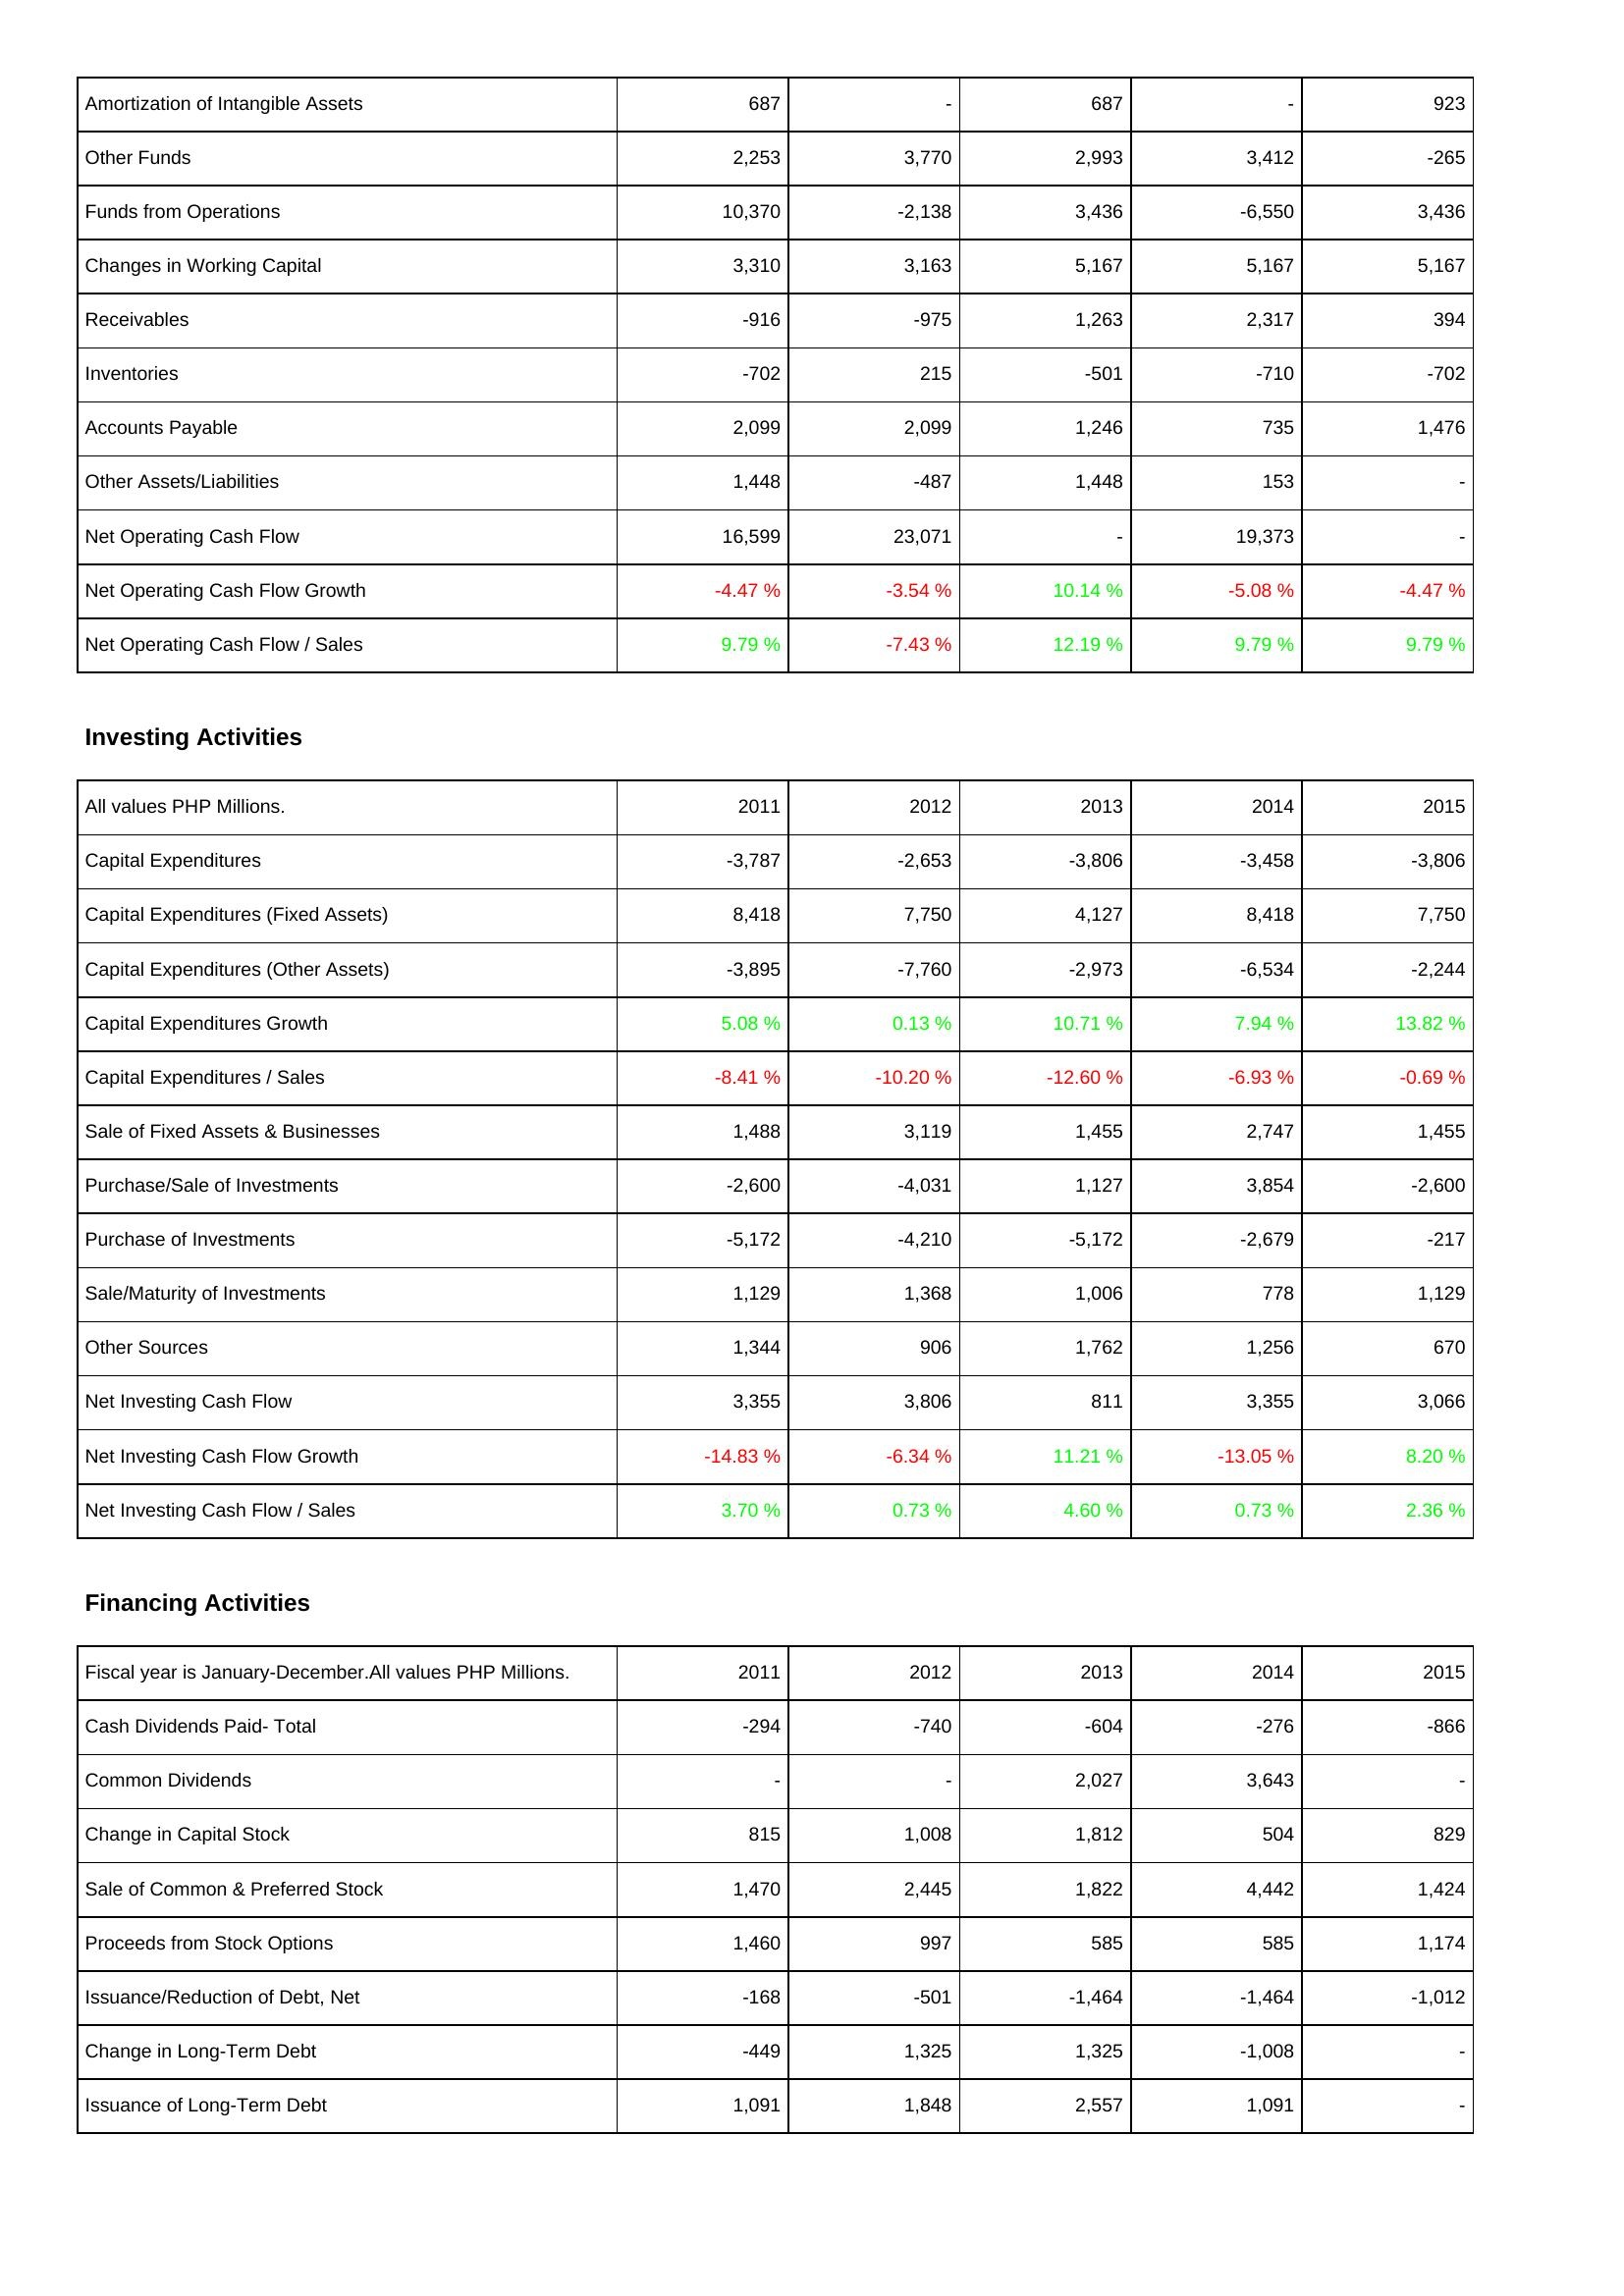
2011: Operating Activities: Amortization of Intangible Assets: 687
Other Funds: 2,253
Funds from Operations: 10,370
Changes in Working Capital: 3,310
Receivables: -916
Inventories: -702
Accounts Payable: 2,099
Other Assets/Liabilities: 1,448
Net Operating Cash Flow: 16,599
Net Operating Cash Flow Growth: -4.47 %
Net Operating Cash Flow / Sales: 9.79 %
Investing Activities: Capital Expenditures: -3,787
Capital Expenditures (Fixed Assets): 8,418
Capital Expenditures (Other Assets): -3,895
Capital Expenditures Growth: 5.08 %
Capital Expenditures / Sales: -8.41 %
Sale of Fixed Assets & Businesses: 1,488
Purchase/Sale of Investments: -2,600
Purchase of Investments: -5,172
Sale/Maturity of Investments: 1,129
Other Sources: 1,344
Net Investing Cash Flow: 3,355
Net Investing Cash Flow Growth: -14.83 %
Net Investing Cash Flow / Sales: 3.70 %
Financing Activities: Cash Dividends Paid- Total: -294
Common Dividends: -
Change in Capital Stock: 815
Sale of Common & Preferred Stock: 1,470
Proceeds from Stock Options: 1,460
Issuance/Reduction of Debt, Net: -168
Change in Long-Term Debt: -449
Issuance of Long-Term Debt: 1,091
2012: Operating Activities: Amortization of Intangible Assets: -
Other Funds: 3,770
Funds from Operations: -2,138
Changes in Working Capital: 3,163
Receivables: -975
Inventories: 215
Accounts Payable: 2,099
Other Assets/Liabilities: -487
Net Operating Cash Flow: 23,071
Net Operating Cash Flow Growth: -3.54 %
Net Operating Cash Flow / Sales: -7.43 %
Investing Activities: Capital Expenditures: -2,653
Capital Expenditures (Fixed Assets): 7,750
Capital Expenditures (Other Assets): -7,760
Capital Expenditures Growth: 0.13 %
Capital Expenditures / Sales: -10.20 %
Sale of Fixed Assets & Businesses: 3,119
Purchase/Sale of Investments: -4,031
Purchase of Investments: -4,210
Sale/Maturity of Investments: 1,368
Other Sources: 906
Net Investing Cash Flow: 3,806
Net Investing Cash Flow Growth: -6.34 %
Net Investing Cash Flow / Sales: 0.73 %
Financing Activities: Cash Dividends Paid- Total: -740
Common Dividends: -
Change in Capital Stock: 1,008
Sale of Common & Preferred Stock: 2,445
Proceeds from Stock Options: 997
Issuance/Reduction of Debt, Net: -501
Change in Long-Term Debt: 1,325
Issuance of Long-Term Debt: 1,848
2013: Operating Activities: Amortization of Intangible Assets: 687
Other Funds: 2,993
Funds from Operations: 3,436
Changes in Working Capital: 5,167
Receivables: 1,263
Inventories: -501
Accounts Payable: 1,246
Other Assets/Liabilities: 1,448
Net Operating Cash Flow: -
Net Operating Cash Flow Growth: 10.14 %
Net Operating Cash Flow / Sales: 12.19 %
Investing Activities: Capital Expenditures: -3,806
Capital Expenditures (Fixed Assets): 4,127
Capital Expenditures (Other Assets): -2,973
Capital Expenditures Growth: 10.71 %
Capital Expenditures / Sales: -12.60 %
Sale of Fixed Assets & Businesses: 1,455
Purchase/Sale of Investments: 1,127
Purchase of Investments: -5,172
Sale/Maturity of Investments: 1,006
Other Sources: 1,762
Net Investing Cash Flow: 811
Net Investing Cash Flow Growth: 11.21 %
Net Investing Cash Flow / Sales: 4.60 %
Financing Activities: Cash Dividends Paid- Total: -604
Common Dividends: 2,027
Change in Capital Stock: 1,812
Sale of Common & Preferred Stock: 1,822
Proceeds from Stock Options: 585
Issuance/Reduction of Debt, Net: -1,464
Change in Long-Term Debt: 1,325
Issuance of Long-Term Debt: 2,557
2014: Operating Activities: Amortization of Intangible Assets: -
Other Funds: 3,412
Funds from Operations: -6,550
Changes in Working Capital: 5,167
Receivables: 2,317
Inventories: -710
Accounts Payable: 735
Other Assets/Liabilities: 153
Net Operating Cash Flow: 19,373
Net Operating Cash Flow Growth: -5.08 %
Net Operating Cash Flow / Sales: 9.79 %
Investing Activities: Capital Expenditures: -3,458
Capital Expenditures (Fixed Assets): 8,418
Capital Expenditures (Other Assets): -6,534
Capital Expenditures Growth: 7.94 %
Capital Expenditures / Sales: -6.93 %
Sale of Fixed Assets & Businesses: 2,747
Purchase/Sale of Investments: 3,854
Purchase of Investments: -2,679
Sale/Maturity of Investments: 778
Other Sources: 1,256
Net Investing Cash Flow: 3,355
Net Investing Cash Flow Growth: -13.05 %
Net Investing Cash Flow / Sales: 0.73 %
Financing Activities: Cash Dividends Paid- Total: -276
Common Dividends: 3,643
Change in Capital Stock: 504
Sale of Common & Preferred Stock: 4,442
Proceeds from Stock Options: 585
Issuance/Reduction of Debt, Net: -1,464
Change in Long-Term Debt: -1,008
Issuance of Long-Term Debt: 1,091
2015: Operating Activities: Amortization of Intangible Assets: 923
Other Funds: -265
Funds from Operations: 3,436
Changes in Working Capital: 5,167
Receivables: 394
Inventories: -702
Accounts Payable: 1,476
Other Assets/Liabilities: -
Net Operating Cash Flow: -
Net Operating Cash Flow Growth: -4.47 %
Net Operating Cash Flow / Sales: 9.79 %
Investing Activities: Capital Expenditures: -3,806
Capital Expenditures (Fixed Assets): 7,750
Capital Expenditures (Other Assets): -2,244
Capital Expenditures Growth: 13.82 %
Capital Expenditures / Sales: -0.69 %
Sale of Fixed Assets & Businesses: 1,455
Purchase/Sale of Investments: -2,600
Purchase of Investments: -217
Sale/Maturity of Investments: 1,129
Other Sources: 670
Net Investing Cash Flow: 3,066
Net Investing Cash Flow Growth: 8.20 %
Net Investing Cash Flow / Sales: 2.36 %
Financing Activities: Cash Dividends Paid- Total: -866
Common Dividends: -
Change in Capital Stock: 829
Sale of Common & Preferred Stock: 1,424
Proceeds from Stock Options: 1,174
Issuance/Reduction of Debt, Net: -1,012
Change in Long-Term Debt: -
Issuance of Long-Term Debt: -